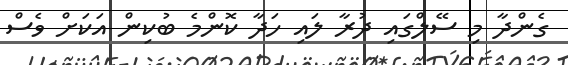
ގެންދާ މި ސޭލްގައި ދުރާ ލައި ހަދާ ކޮންމެ ބުކިން އަކަށް ވެސް